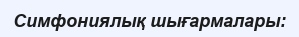
Симфониялық шығармалары: